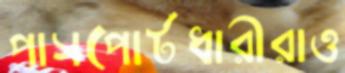
পাসপোর্টধারীরাও